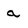
Character: a